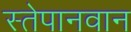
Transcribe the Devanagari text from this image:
स्तेपानवान